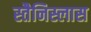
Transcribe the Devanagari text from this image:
स्तैनिस्लास